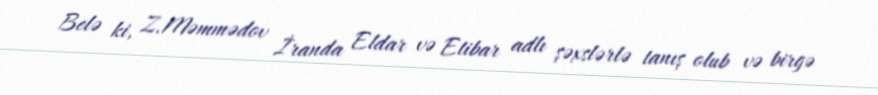
Belə ki, Z.Məmmədov İranda Eldar və Etibar adlı şəxslərlə tanış olub və birgə